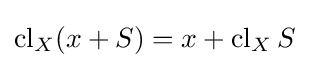
\operatorname {cl} _{X}(x+S)=x+\operatorname {cl} _{X}S